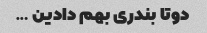
دوتا بندری بهم دادین …